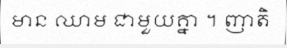
មាន ឈាម ជាមួយគ្នា ។ ញាតិ